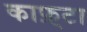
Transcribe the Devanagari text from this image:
काफ़्टा